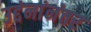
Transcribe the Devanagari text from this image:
उद्दंनांनंतर